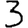
Digit: 3